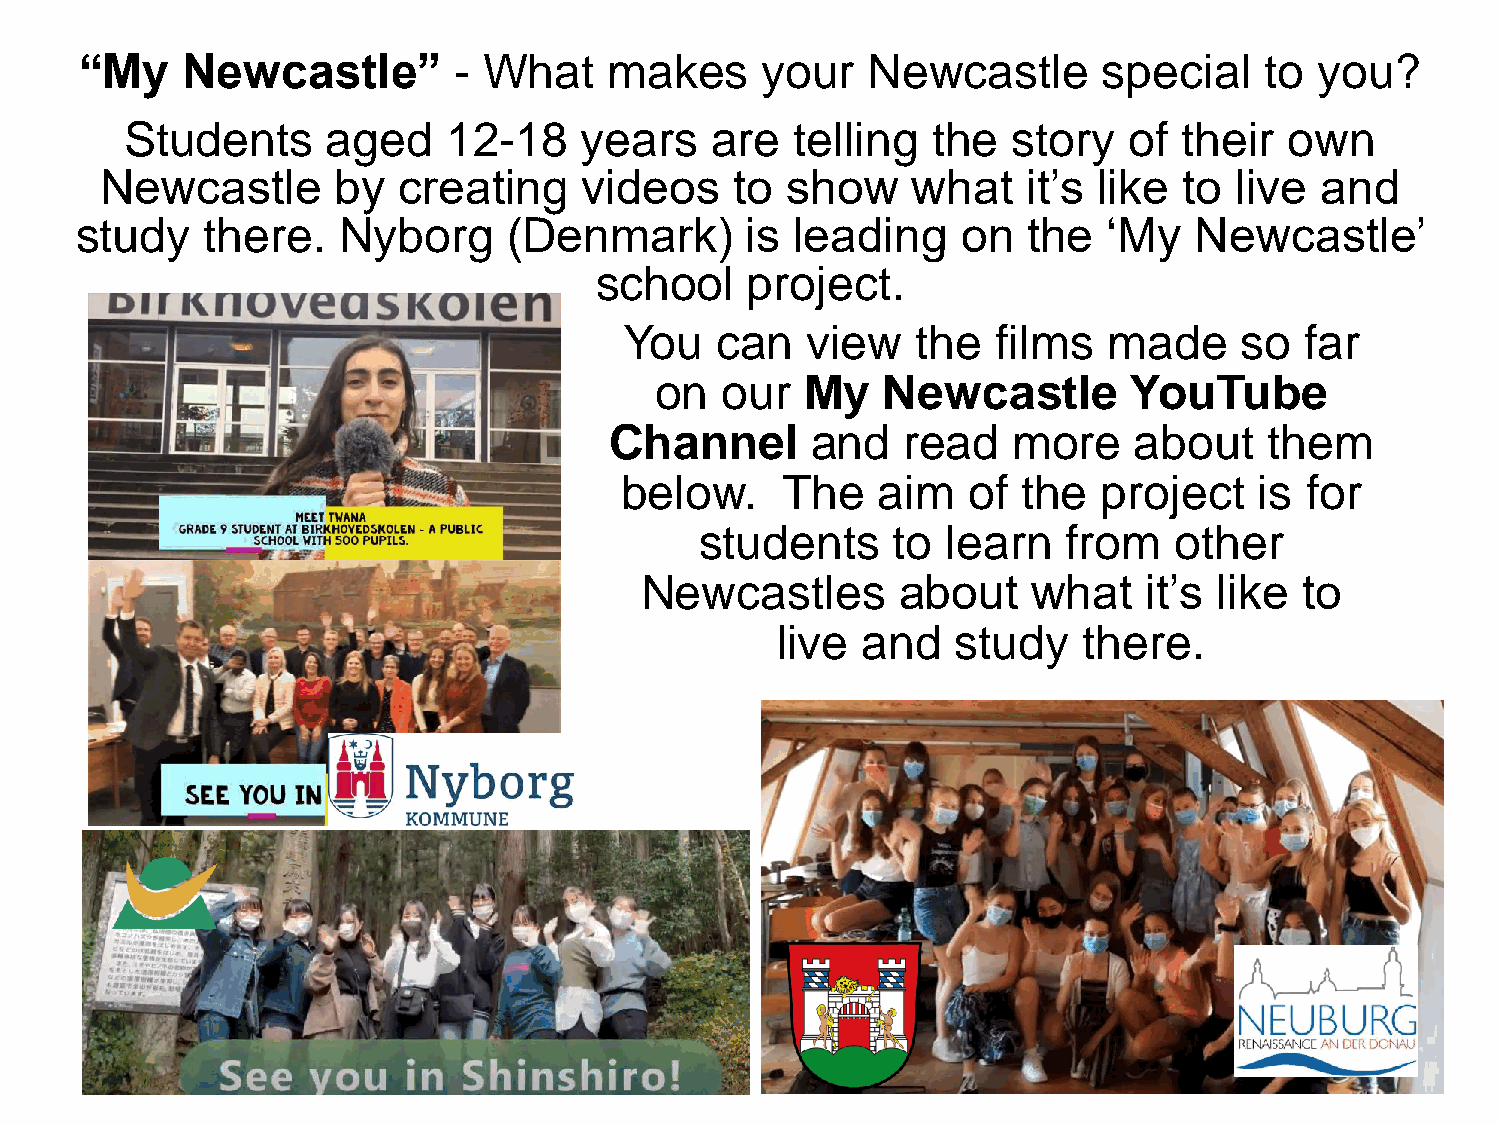
“My    Newcastle”        - What    makes     your   Newcastle       special    to you?
 Students      aged    12-18   years    are   telling  the  story   of their  own
 Newcastle      by  creating     videos    to show    what    it’s like to  live and
 study   there.   Nyborg      (Denmark)      is  leading    on  the  ‘My   Newcastle’
 school    project.
 You   can   view    the  films  made     so  far
 on   our  My   Newcastle        YouTube
 Channel       and   read   more    about    them
 below.     The   aim   of  the  project   is for
 students     to  learn   from   other
 Newcastles       about    what    it’s like to
 live  and   study    there.